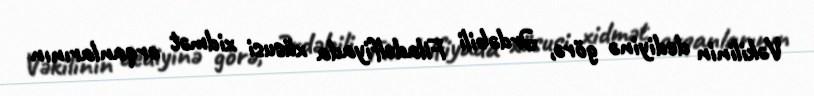
Vəkilinin dediyinə görə, Ərdəbili Filadelfiyada xüsusi xidmət orqanlarının